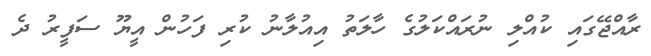
ރާއްޖޭގައި ކުއްލި ނުރައްކަލުގެ ހާލަތު އިއުލާނު ކުރި ފަހުން އީޔޫ ސަފީރު ދެ